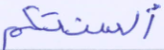
ألسنتكم